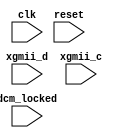
//
// Copyright (c) 2016 University of Cambridge All rights reserved.
//
//
// This software was developed with the support of 
// Prof. Gustavo Sutter and Prof. Sergio Lopez-Buedo and
// University of Cambridge Computer Laboratory NetFPGA team.
//
// @NETFPGA_LICENSE_HEADER_START@
//
// Licensed to NetFPGA C.I.C. (NetFPGA) under one or more
// contributor license agreements.  See the NOTICE file distributed with this
// work for additional information regarding copyright ownership.  NetFPGA
// licenses this file to you under the NetFPGA Hardware-Software License,
// Version 1.0 (the "License"); you may not use this file except in compliance
// with the License.  You may obtain a copy of the License at:
//
//   http://www.netfpga-cic.org
//
// Unless required by applicable law or agreed to in writing, Work distributed
// under the License is distributed on an "AS IS" BASIS, WITHOUT WARRANTIES OR
// CONDITIONS OF ANY KIND, either express or implied.  See the License for the
// specific language governing permissions and limitations under the License.
//
// @NETFPGA_LICENSE_HEADER_END@

//////////////////////////////////////////////////////////////////////////////
//////////////////////////////////////////////////////////////////////////////
`timescale 1ns / 100ps
//`default_nettype none
`define pr_err(msg) $display("IFG-mon: ERROR %s", msg);
`define pr(cnt) $display("IFG-mon: %d", cnt);

module ifg_monitor # (
    parameter C_RX_LINK = 1
    ) (

    // Clks and resets
    input                    clk,
    input                    reset,
    input                    dcm_locked,

    // XGMII
    input        [63:0]      xgmii_d,
    input        [7:0]       xgmii_c
    );

    // XGMII characters
    localparam S   = 8'hFB;
    localparam T   = 8'hFD;
    localparam E   = 8'hFE;
    localparam I   = 8'h07;

    localparam s0 = 8'b00000001;
    localparam s1 = 8'b00000010;
    localparam s2 = 8'b00000100;
    localparam s3 = 8'b00001000;
    localparam s4 = 8'b00010000;
    localparam s5 = 8'b00100000;
    localparam s6 = 8'b01000000;
    localparam s7 = 8'b10000000;

    //-------------------------------------------------------
    // Local ifg_monitor
    //-------------------------------------------------------
    reg          [63:0]      fsm;
    wire         [63:0]      d;
    wire         [7:0]       c;
    reg          [63:0]      idle_byte_cnt;

    //-------------------------------------------------------
    // assigns
    //-------------------------------------------------------
    assign d = xgmii_d;
    assign c = xgmii_c;

    ////////////////////////////////////////////////
    // ifg_monitor
    ////////////////////////////////////////////////
    always @(posedge clk) begin

        if (reset || !dcm_locked) begin
            fsm <= s0;
        end

        else begin

            case (fsm)

                s0 : begin
                    if (sop(d,c)) begin
                        fsm <= s1;
                    end
                end

                s1 : begin
                    if (eop(d,c)) begin
                        idle_byte_cnt = idle_bytes(d,c);
                        fsm <= s2;
                    end
                end

                s2 : begin
                    idle_byte_cnt = idle_byte_cnt + idle_bytes(d,c);
                    if (sop(d,c)) begin
                        `pr(idle_byte_cnt)
                        if (C_RX_LINK) begin
                            if (idle_byte_cnt < 5) begin
                                `pr_err("IFG is less than 5 in Rx")
                            end
                        end
                        else begin
                            if (idle_byte_cnt < 9) begin
                                `pr_err("IFG is less than 9 in Tx")
                                $finish;
                            end
                        end
                        fsm <= s1;
                    end
                end

            endcase
        end
    end

    ////////////////////////////////////////////////
    // eop
    ////////////////////////////////////////////////
    function eop;
        input        [63:0]      d;
        input        [7:0]       c;
        integer                  i;
        reg                      flag;
        reg          [63:0]      aux_d;
    begin
        flag = 0;
        aux_d = d;
        for (i = 0; i < 8; i = i + 1) begin
            if (c[i] && aux_d[7:0] == T) begin
                flag = 1;
            end
            aux_d = {8'b0, aux_d[63:8]};
        end

        eop = flag;
    end
    endfunction

    ////////////////////////////////////////////////
    // idle_bytes
    ////////////////////////////////////////////////
    function [63:0] idle_bytes;
        input        [63:0]      d;
        input        [7:0]       c;
        integer                  i;
        reg          [7:0]       idl_cnt;
        reg          [63:0]      aux_d;
    begin
        idl_cnt = 0;
        aux_d = d;
        for (i = 0; i < 8; i = i + 1) begin
            if (c[i]) begin
                if (aux_d[7:0] == I || aux_d[7:0] == T) begin
                    idl_cnt = idl_cnt + 1;
                end
            end
            aux_d = {8'b0, aux_d[63:8]};
        end

        idle_bytes = idl_cnt;
    end
    endfunction

    ////////////////////////////////////////////////
    // sop
    ////////////////////////////////////////////////
    function sop;
        input        [63:0]      d;
        input        [7:0]       c;
    begin
        if ((d[7:0] == S && c[0]) || (d[39:32] == S && c[4])) begin
            sop = 1;
        end
        else begin
            sop = 0;
        end
    end
    endfunction

endmodule // ifg_monitor

//////////////////////////////////////////////////////////////////////////////
//////////////////////////////////////////////////////////////////////////////